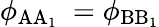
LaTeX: \phi_{\mathrm{AA_{1}}}~=\phi_{\mathrm{BB_{1}}}